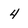
Character: 4